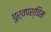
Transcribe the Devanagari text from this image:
पुर्वपश्चिम